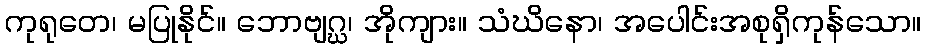
ကုရုတေ၊ မပြုနိုင်။ ဘောဗျဂ္ဃ၊ အိုကျား။ သံဃိနော၊ အပေါင်းအစုရှိကုန်သော။